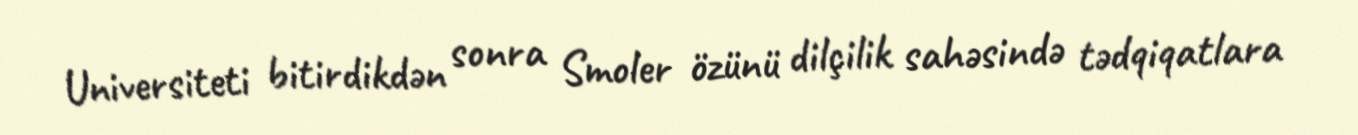
Universiteti bitirdikdən sonra Smoler özünü dilçilik sahəsində tədqiqatlara